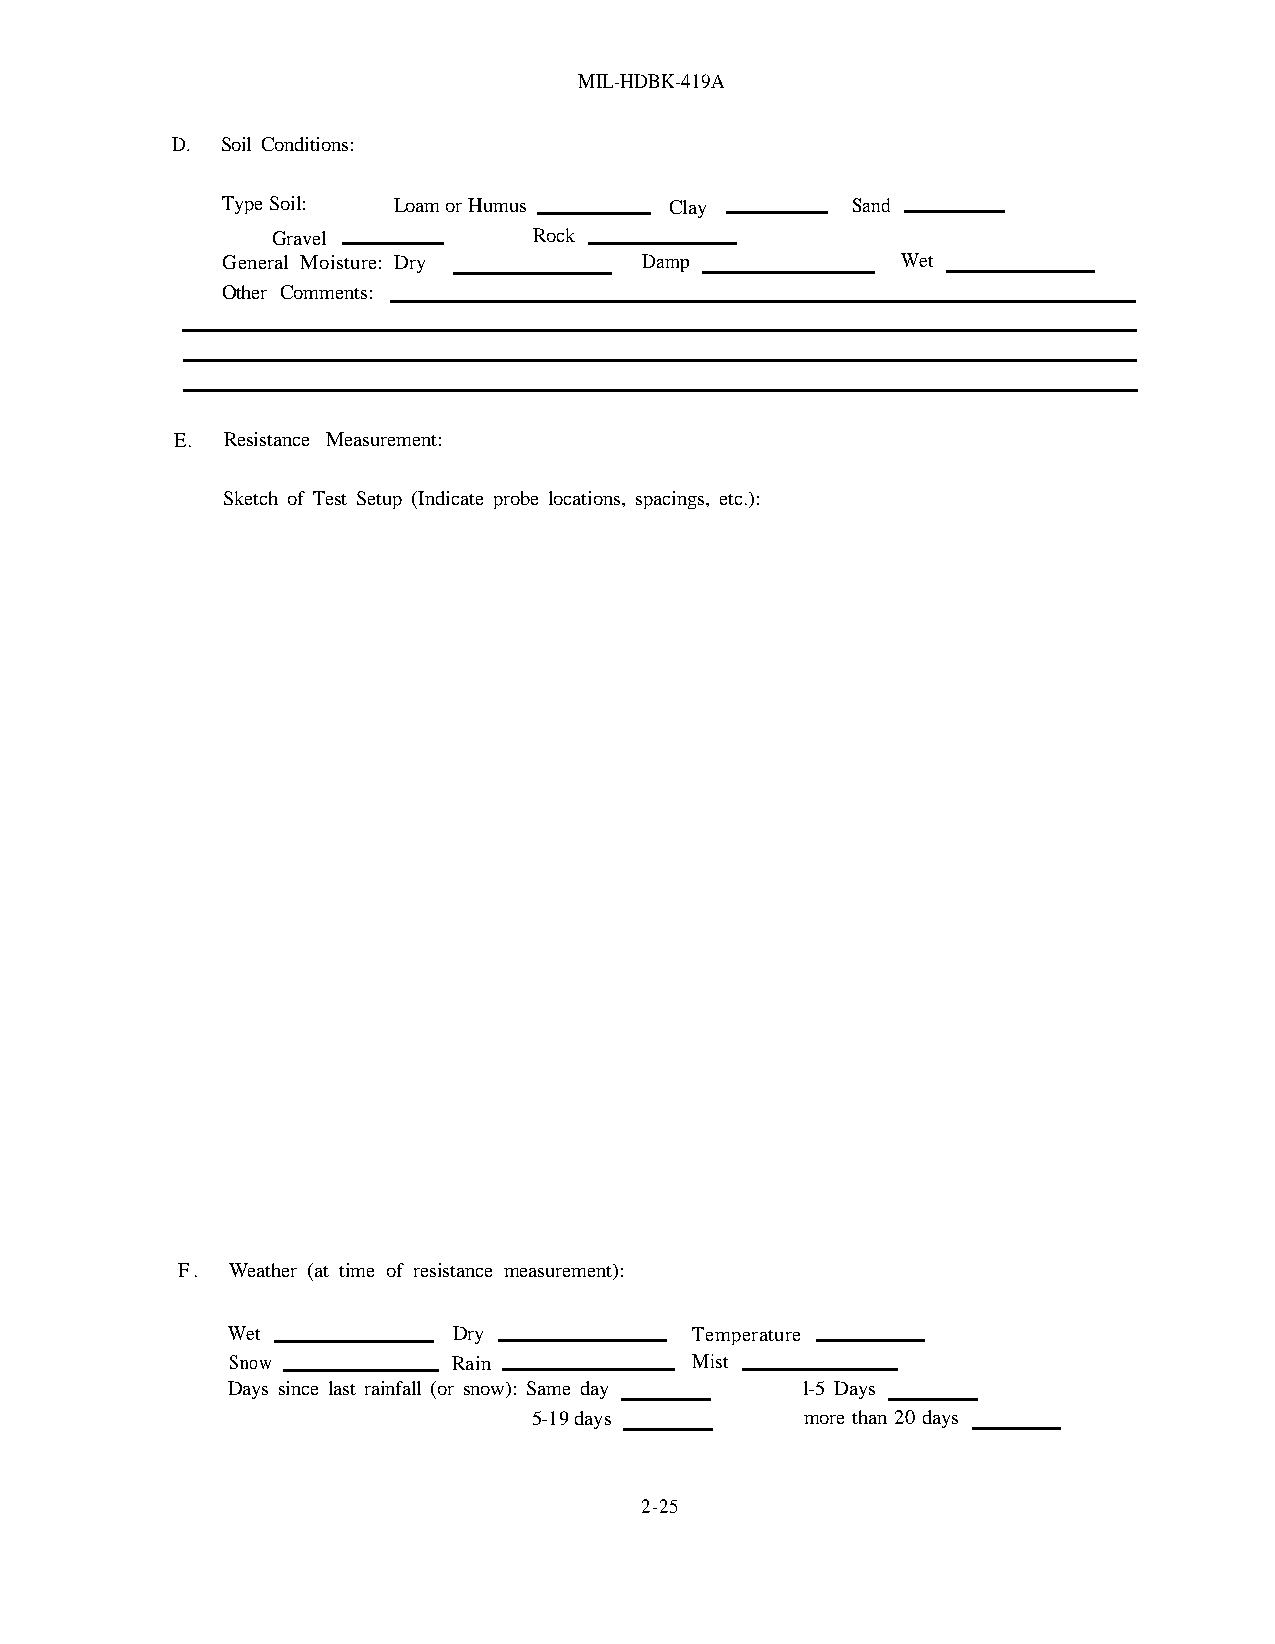
MIL-HDBK-419A
 D.  Soil Conditions:
 Type Soil: Loam or Humus     Clay        Sand
 Gravel           Rock
 General Moisture: Dry       Damp             Wet
 Other Comments:
 E. Resistance Measurement:
 Sketch of Test Setup (Indicate probe locations, spacings, etc.):
 F. Weather (at time of resistance measurement):
 Wet            Dry             Temperature
 Snow           Rain            Mist
 Days since last rainfall (or snow): Same day l-5 Days
 5-19 days         more than 20 days
 2-25